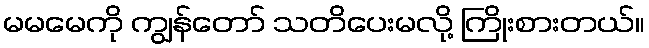
မမမေကို ကျွန်တော် သတိပေးမလို့ ကြိုးစားတယ်။